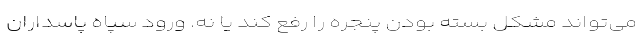
می‌تواند مشکل بسته بودن پنجره را رفع کند یا نه. ورود سپاه پاسداران